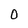
Character: O